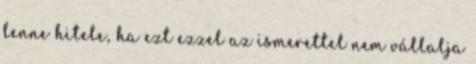
lenne hitele, ha ezt ezzel az ismerettel nem vállalja